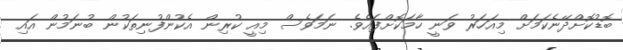
ބޮޑުކޮށްދޭނެކަމަށް މިއަހަރު ވަނީ ހާމަކޮށްފައެވެ. ނަމަވެސް މިއީ ކުރިން އެކުންފުނިތަކުން ބުނަމުން އައި